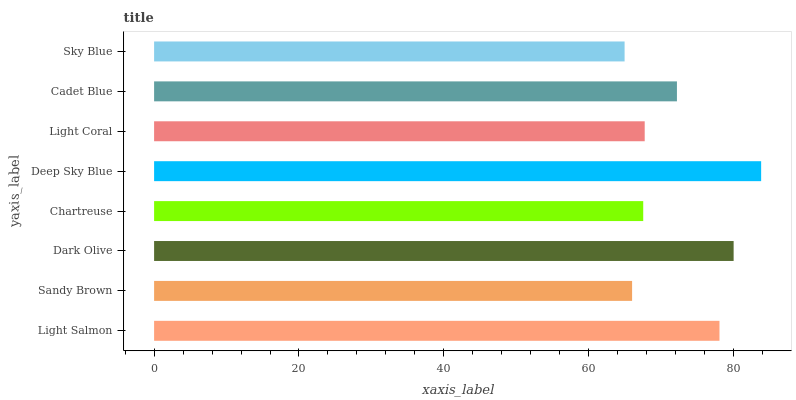
| yaxis_label | bars |
 | --- | --- |
 | Light Salmon | 78 |
 | Sandy Brown | 66 |
 | Dark Olive | 80 |
 | Chartreuse | 67.5 |
 | Deep Sky Blue | 83.8 |
 | Light Coral | 67.7 |
 | Cadet Blue | 72.2 |
 | Sky Blue | 64.9 |